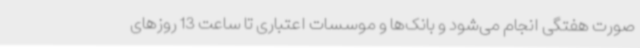
صورت هفتگی انجام می‌شود و بانک‌ها و موسسات اعتباری تا ساعت 13 روزهای